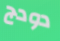
دودج